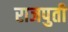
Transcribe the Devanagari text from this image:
राजपुती